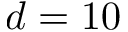
d = 1 0